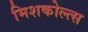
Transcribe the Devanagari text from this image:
मिशकोल्त्स